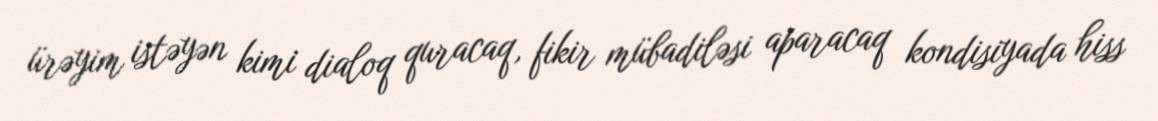
ürəyim istəyən kimi dialoq quracaq, fikir mübadiləsi aparacaq kondisiyada hiss